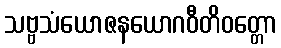
သဗ္ဗသံယောဇနယောဂဝီတိဝတ္တော